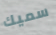
سميك